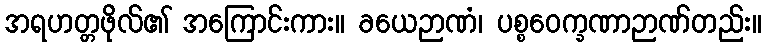
အရဟတ္တဖိုလ်၏ အကြောင်းကား။ ခယေဉာဏံ၊ ပစ္စဝေက္ခဏာဉာဏ်တည်း။